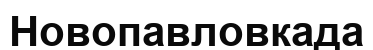
Новопавловкада